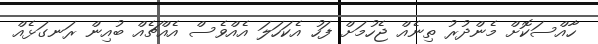
ހާއްސަކޮށް މެންދުރު ތިނެއް ޖެހުމަށް ފަހު އެކަހަލަ އެއްވެސް އެއްޗެއް ބުއިން ރަނގަޅެއް